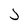
Character: J